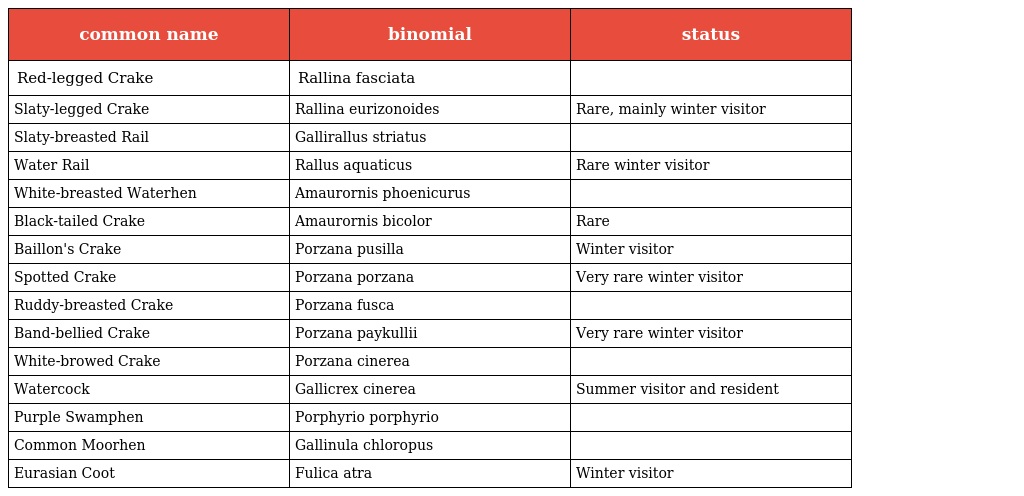
| common name | binomial | status |
 | --- | --- | --- |
 | Red-legged Crake | Rallina fasciata |  |
 | Slaty-legged Crake | Rallina eurizonoides | Rare, mainly winter visitor |
 | Slaty-breasted Rail | Gallirallus striatus |  |
 | Water Rail | Rallus aquaticus | Rare winter visitor |
 | White-breasted Waterhen | Amaurornis phoenicurus |  |
 | Black-tailed Crake | Amaurornis bicolor | Rare |
 | Baillon's Crake | Porzana pusilla | Winter visitor |
 | Spotted Crake | Porzana porzana | Very rare winter visitor |
 | Ruddy-breasted Crake | Porzana fusca |  |
 | Band-bellied Crake | Porzana paykullii | Very rare winter visitor |
 | White-browed Crake | Porzana cinerea |  |
 | Watercock | Gallicrex cinerea | Summer visitor and resident |
 | Purple Swamphen | Porphyrio porphyrio |  |
 | Common Moorhen | Gallinula chloropus |  |
 | Eurasian Coot | Fulica atra | Winter visitor |